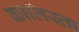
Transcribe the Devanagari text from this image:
कालिस्ता